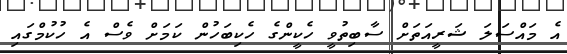
އެ މައްސަލަ ޝަރީއަތަށް ސާބިތުވީ ހެކީންގެ ހެކިބަހުން ކަމަށް ވެސް އެ ހުކުމްގައި